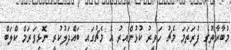
މުބާރާތުގެ ފުރަތަމަ މެޗު ހަވީރު ކުޅުންއިރު އެ މެޗުގައި ބައްދަލުކުރީ ނޮޅިވަރަމް ކްލަބް